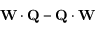
\mathbf { W } \cdot \mathbf { Q } - \mathbf { Q } \cdot \mathbf { W }